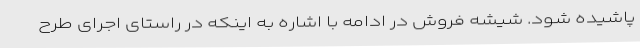
پاشیده شود. شیشه فروش در ادامه با اشاره به اینکه در راستای اجرای طرح